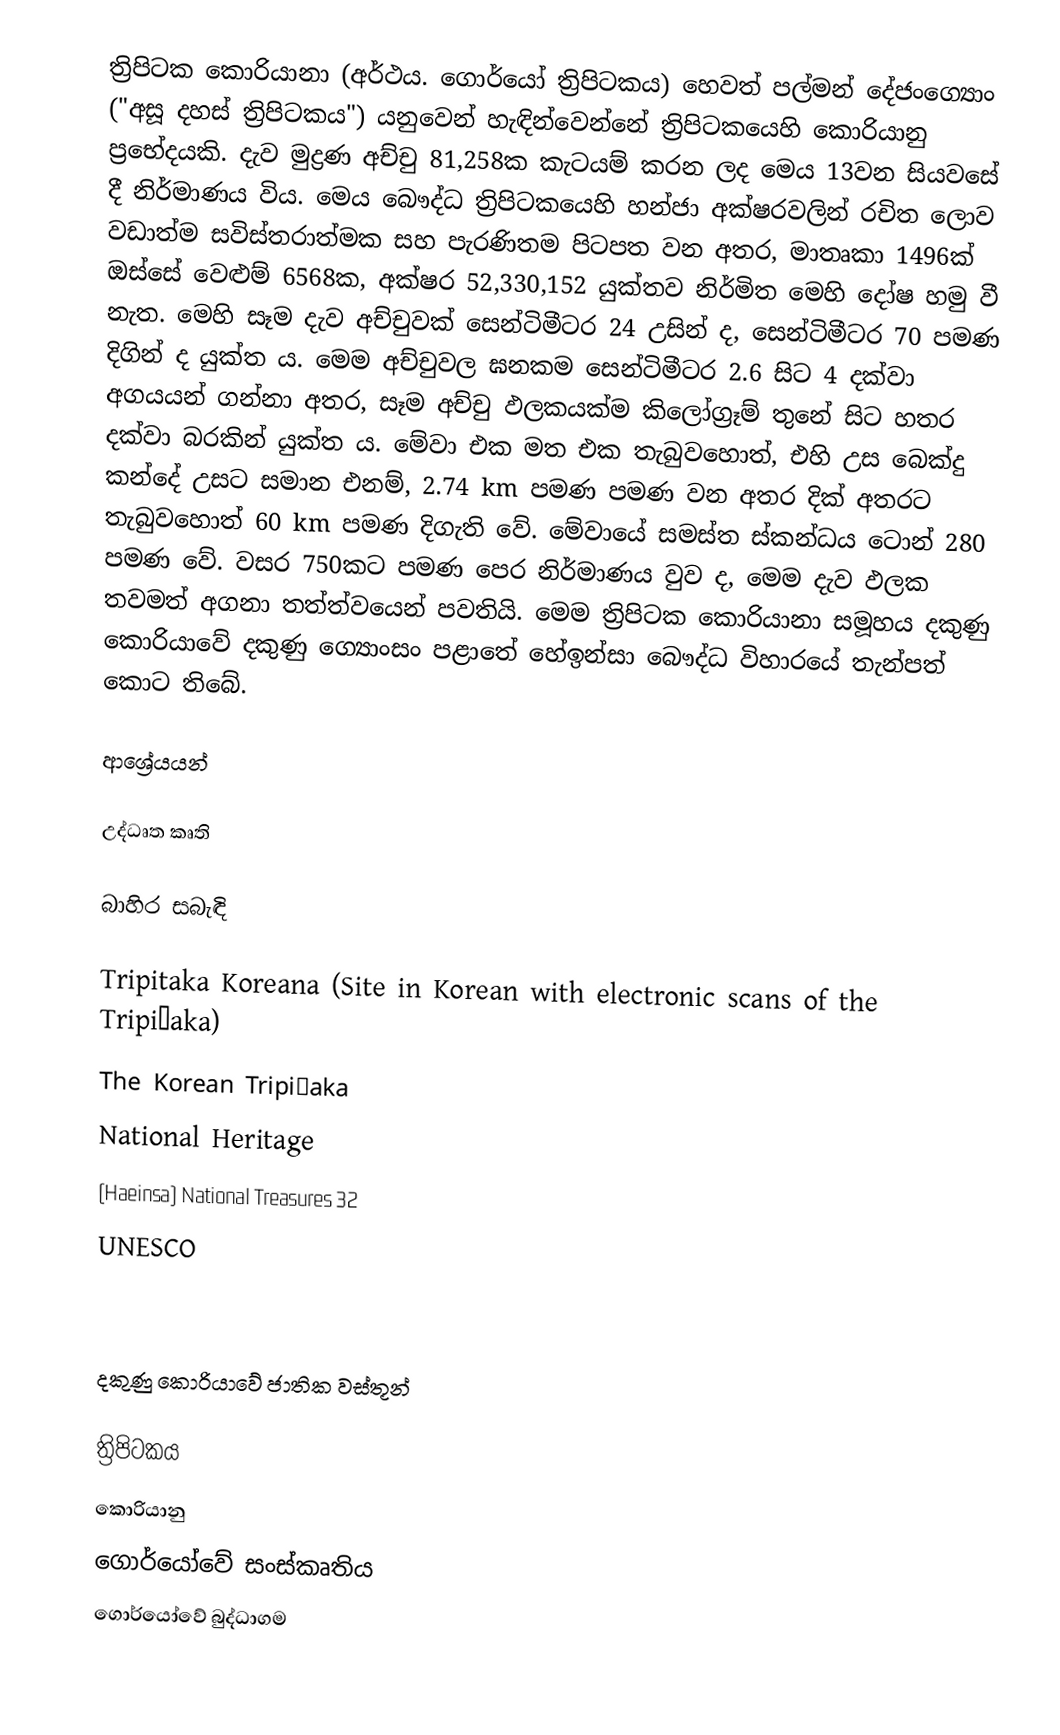
ත්‍රිපිටක කොරියානා (අර්ථය. ගොර්යෝ ත්‍රිපිටකය) හෙවත් පල්මන් දේජංග්‍යොං ("අසූ දහස් ත්‍රිපිටකය") යනුවෙන් හැඳින්වෙන්නේ ත්‍රිපිටකයෙහි කොරියානු ප්‍රභේදයකි. දැව මුද්‍රණ අච්චු 81,258ක කැටයම් කරන ලද මෙය 13වන සියවසේ දී නිර්මාණය විය. මෙය බෞද්ධ ත්‍රිපිටකයෙහි හන්ජා අක්ෂරවලින් රචිත ලොව වඩාත්ම සවිස්තරාත්මක සහ පැරණිතම පිටපත වන අතර, මාතෘකා 1496ක් ඔස්සේ වෙළුම් 6568ක, අක්ෂර 52,330,152 යුක්තව නිර්මිත මෙහි දෝෂ හමු වී නැත. මෙහි සෑම දැව අච්චුවක් සෙන්ටිමීටර 24 උසින් ද, සෙන්ටිමීටර 70 පමණ දිගින් ද යුක්ත ‍ය. මෙම අච්චුවල ඝනකම සෙන්ටිමීටර 2.6 සිට 4 දක්වා අගයයන් ගන්නා අතර, සෑම අච්චු ඵලකයක්ම කිලෝග්‍රෑම් තුනේ සිට හතර දක්වා බරකින් යුක්ත ය. මේවා එක මත එක තැබුවහොත්, එහි උස බෙක්දු කන්දේ උසට සමාන එනම්, 2.74 km පමණ පමණ වන අතර දික් අතරට තැබුවහොත් 60 km පමණ දිගැති වේ. මේවායේ සමස්ත ස්කන්ධය ටොන් 280 පමණ වේ. වසර 750කට පමණ පෙර නිර්මාණය වුව ද, මෙම දැව ඵලක තවමත් අගනා තත්ත්වයෙන් පවතියි. මෙම ත්‍රිපිටක කොරියානා සමූහය දකුණු කොරියාවේ දකුණු ග්‍යොංසං පළාතේ හේඉන්සා බෞද්ධ විහාරයේ තැන්පත් කොට තිබේ.

ආශ්‍රේයයන්

උද්ධෘත කෘති

බාහිර සබැඳි

Tripitaka Koreana (Site in Korean with electronic scans of the Tripiṭaka)
The Korean Tripiṭaka
National Heritage
(Haeinsa) National Treasures    32
UNESCO

දකුණු කොරියාවේ ජාතික වස්තූන්

ත්‍රිපිටකය
කොරියානු
ගොර්යෝවේ සංස්කෘතිය
ගොර්යෝවේ බුද්ධාගම